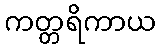
ကတ္တရိကာယ